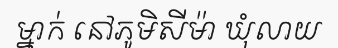
ម្នាក់ នៅភូមិសីម៉ា ឃុំលាយ